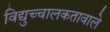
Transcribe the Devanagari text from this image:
विद्युच्चालकतावाले